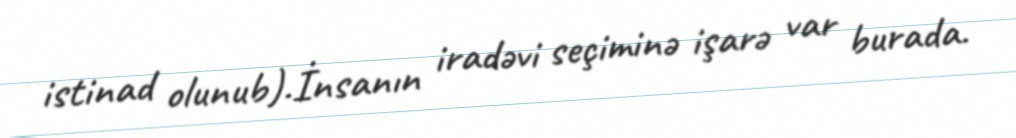
istinad olunub).İnsanın iradəvi seçiminə işarə var burada.